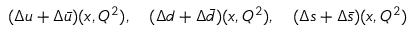
( \Delta u + \Delta \bar { u } ) ( x , Q ^ { 2 } ) , ~ ~ ~ ( \Delta d + \Delta \bar { d } ) ( x , Q ^ { 2 } ) , ~ ~ ~ ( \Delta s + \Delta \bar { s } ) ( x , Q ^ { 2 } )